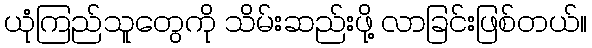
ယုံကြည်သူတွေကို သိမ်းဆည်းဖို့ လာခြင်းဖြစ်တယ်။